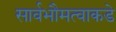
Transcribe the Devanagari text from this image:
सार्वभौमत्वाकडे